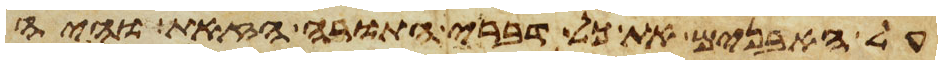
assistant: על האבנים את כל דברי התורה הזאת והיה